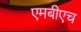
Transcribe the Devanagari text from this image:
एमबीएच